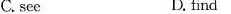
C.see D.find